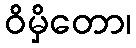
ဝိမှိတော၊